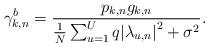
LaTeX: \begin{align*} \gamma _{k,n}^b = \frac{{{p_{k,n}}{g_{k,n}}}}{{\frac{1}{N}\sum\nolimits_{u=1}^U {{q}{{\left| {{\lambda _{u,n}}} \right|}^2}} + {\sigma ^2}}}.\end{align*}